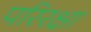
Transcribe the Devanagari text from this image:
परिरक्षा